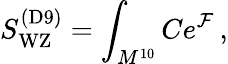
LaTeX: S_{\mathrm{WZ}}^{\mathrm{(D9)}}=\int_{M^{10}}Ce^{{\cal F}}\, ,